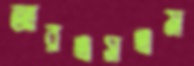
আরএসএম